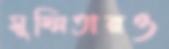
সুস্মিতারও